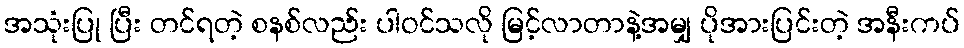
အသုံးပြု ပြီး တင်ရတဲ့ စနစ်လည်း ပါဝင်သလို မြင့်လာတာနဲ့အမျှ ပိုအားပြင်းတဲ့ အနီးကပ်